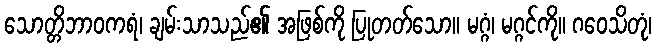
သောတ္တိဘာဝကရံ၊ ချမ်းသာသည်၏ အဖြစ်ကို ပြုတတ်သော။ မဂ္ဂံ၊ မဂ္ဂင်ကို။ ဂဝေသိတုံ၊